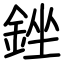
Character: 銼